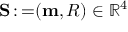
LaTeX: \mathbf { S } \operatorname { \mathrm { : = } } ( \mathbf { m } , R ) \in \mathbb { R } ^ { 4 }